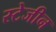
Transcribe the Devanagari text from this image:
स्टेजीन